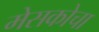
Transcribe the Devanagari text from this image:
मेसकोचा